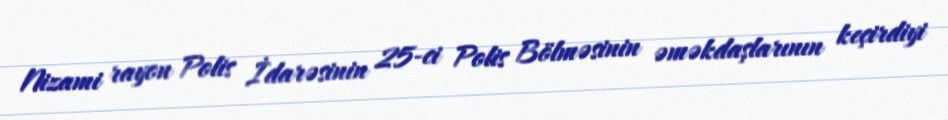
Nizami rayon Polis İdarəsinin 25-ci Polis Bölməsinin əməkdaşlarının keçirdiyi